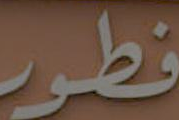
فطور